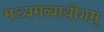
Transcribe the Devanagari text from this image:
मध्यमव्यायोगम्